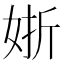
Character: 𡝊